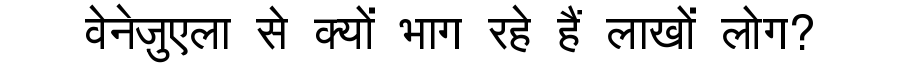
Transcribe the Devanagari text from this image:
वेनेज़ुएला से क्यों भाग रहे हैं लाखों लोग?